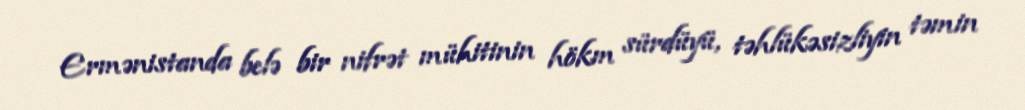
Ermənistanda belə bir nifrət mühitinin hökm sürdüyü, təhlükəsizliyin təmin